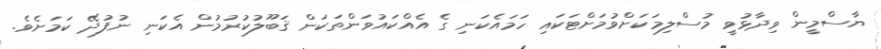
ޔާސްމީން ވިދާޅުވީ މުސްލިމަކަށްވުމަށްޓަކައި ހަމައެކަނި ގެ އެއްކައުވަންތަކަން ޤަބޫލުކުރުމުން އެކަނި ނުފުދޭ ކަމަށެވެ.